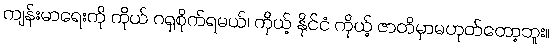
ကျန်းမာရေးကို ကိုယ် ဂရုစိုက်ရမယ်၊ ကိုယ့် နိုင်ငံ ကိုယ့် ဇာတိမှာမဟုတ်တော့ဘူး။